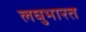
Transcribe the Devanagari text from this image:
लघुभारत